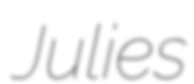
Julies